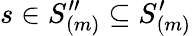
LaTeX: s\in S_{(m)}^{\prime\prime}\subseteq S_{(m)}^{\prime}